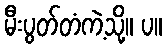
မီးပွတ်တံကဲ့သို့။ ပ။